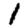
Digit: 1